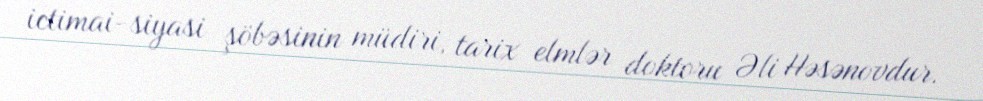
ictimai-siyasi şöbəsinin müdiri, tarix elmlər doktoru Əli Həsənovdur.